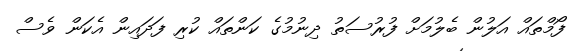
ފޯމްތައް އަލުން ބެލުމަށް ފުރުސަތު ދިނުމުގެ ކަންތައް ކުރި ފަދައިން އެކަން ވެސް